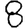
Digit: 8